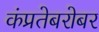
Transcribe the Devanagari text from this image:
कंप्रतेबरोबर